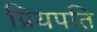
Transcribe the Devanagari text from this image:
प्रियपति